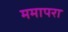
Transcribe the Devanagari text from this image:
ममापरा